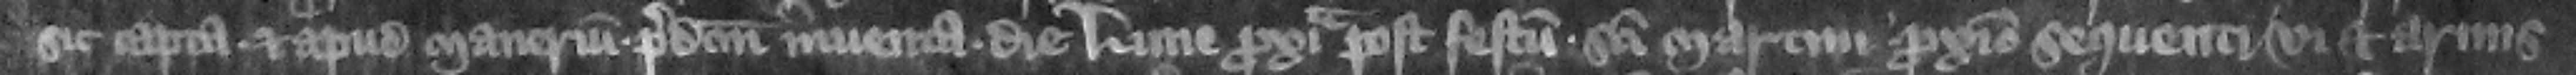
sic capta et apud manerium predictum inuenta die Lune proxima post festum Sancti Martini proximo sequenti vi et armis